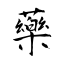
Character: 藥